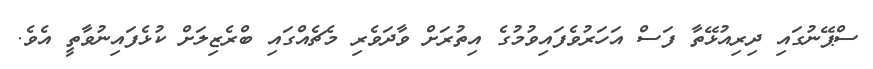
ސްޕޭނުގައި ދިރިއުޅޭތާ ފަސް އަހަރުވެފައިވުމުގެ އިތުރަށް ވާދަވެރި މެޗެއްގައި ބްރެޒިލަށް ކުޅެފައިނުވާތީ އެވެ.